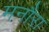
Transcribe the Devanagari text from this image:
मनौरा